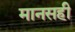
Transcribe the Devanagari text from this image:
मानसही